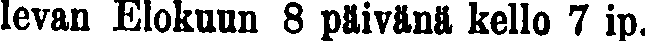
levan Elokuun 8 päivänä kello 7 ip.